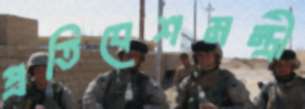
প্রতিবেশমন্ত্রী